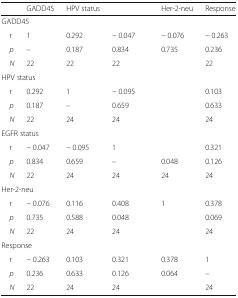
<table><thead><tr><td>[EMPTY_CELL]</td><td><b>GADD45</b></td><td><b>HPV status</b></td><td>[EMPTY_CELL]</td><td><b>Her-2-neu</b></td><td><b>Response</b></td></tr></thead><tbody><tr><td colspan="6">GADD45</td></tr><tr><td> r</td><td>1</td><td>0.292</td><td>− 0.047</td><td>− 0.076</td><td>− 0.263</td></tr><tr><td> <i>p</i></td><td>–</td><td>0.187</td><td>0.834</td><td>0.735</td><td>0.236</td></tr><tr><td> <i>N</i></td><td>22</td><td>22</td><td>22</td><td>[EMPTY_CELL]</td><td>22</td></tr><tr><td colspan="6">HPV status</td></tr><tr><td> r</td><td>0.292</td><td>1</td><td>− 0.095</td><td>[EMPTY_CELL]</td><td>0.103</td></tr><tr><td> <i>p</i></td><td>0.187</td><td>–</td><td>0.659</td><td>[EMPTY_CELL]</td><td>0.633</td></tr><tr><td> <i>N</i></td><td>22</td><td>24</td><td>24</td><td>[EMPTY_CELL]</td><td>24</td></tr><tr><td colspan="6">EGFR status</td></tr><tr><td> r</td><td>− 0.047</td><td>− 0.095</td><td>1</td><td>[EMPTY_CELL]</td><td>0.321</td></tr><tr><td> <i>p</i></td><td>0.834</td><td>0.659</td><td>–</td><td>0.048</td><td>0.126</td></tr><tr><td> <i>N</i></td><td>22</td><td>24</td><td>24</td><td>24</td><td>24</td></tr><tr><td colspan="6">Her-2-neu</td></tr><tr><td> r</td><td>− 0.076</td><td>0.116</td><td>0.408</td><td>1</td><td>0.378</td></tr><tr><td> <i>p</i></td><td>0.735</td><td>0.588</td><td>0.048</td><td>[EMPTY_CELL]</td><td>0.069</td></tr><tr><td> <i>N</i></td><td>22</td><td>24</td><td>24</td><td>[EMPTY_CELL]</td><td>24</td></tr><tr><td colspan="6">Response</td></tr><tr><td> r</td><td>− 0.263</td><td>0.103</td><td>0.321</td><td>0.378</td><td>1</td></tr><tr><td> <i>p</i></td><td>0.236</td><td>0.633</td><td>0.126</td><td>0.064</td><td>–</td></tr><tr><td> <i>N</i></td><td>22</td><td>24</td><td>24</td><td>[EMPTY_CELL]</td><td>24</td></tr></tbody></table>